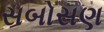
સબોસણ